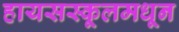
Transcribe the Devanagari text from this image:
हायसस्कूलमधून